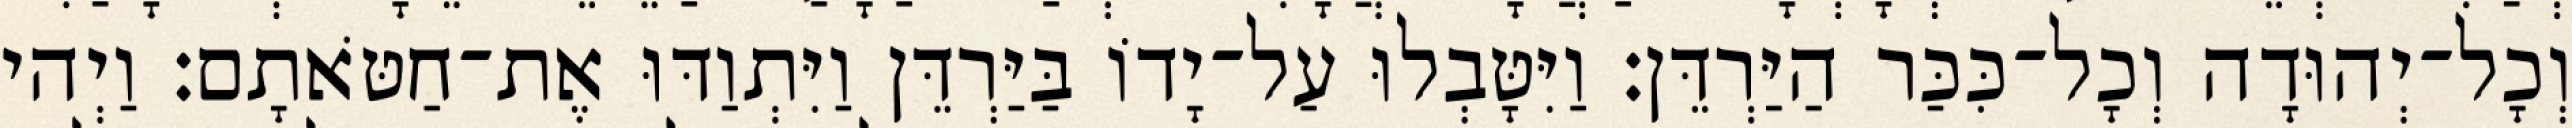
וְכָל־יְהוּדָה וְכָל־כִּכַּר הַיַּרְדֵּן׃ וַיִּטָּבְלוּ עַל־יָדוֹ בַּיַּרְדֵּן וַיִּתְוַדּוּ אֶת־חַטֹּאתָם׃ וַיְהי